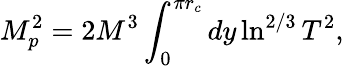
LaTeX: M_{p}^{2}=2M^{3}\int_{0}^{\pi r_{c}}dy\ln^{2/3}T^{2},